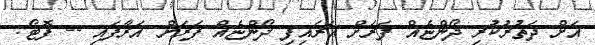
އަށް ދަތުރުކުރި ދޯންޏެއް ފަރަށް އަރައިފި ދޯންޏެއް ފަރަށް އަރާފައި -- ފޮޓޯ: